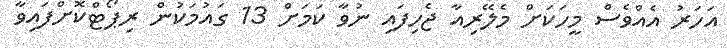
އަހަރު އެއްވެސް މީހަކަށް މެލޭރިއާ ޖެހިފައި ނުވާ ކަމަށް 13 ގައުމަކުން ރިޕޯޓްކޮށްފައިވާ